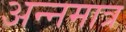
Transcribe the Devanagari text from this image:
अन्नमात्र